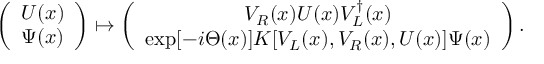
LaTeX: \left( \begin{array} { c } { { U ( x ) } } \\ { { \Psi ( x ) } } \end{array} \right) \mapsto \left( \begin{array} { c } { { V _ { R } ( x ) U ( x ) V _ { L } ^ { \dagger } ( x ) } } \\ { { \exp [ - i \Theta ( x ) ] K [ V _ { L } ( x ) , V _ { R } ( x ) , U ( x ) ] \Psi ( x ) } } \end{array} \right) .